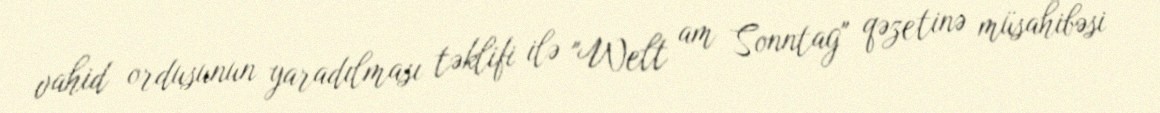
vahid ordusunun yaradılması təklifi ilə "Welt am Sonntag" qəzetinə müsahibəsi